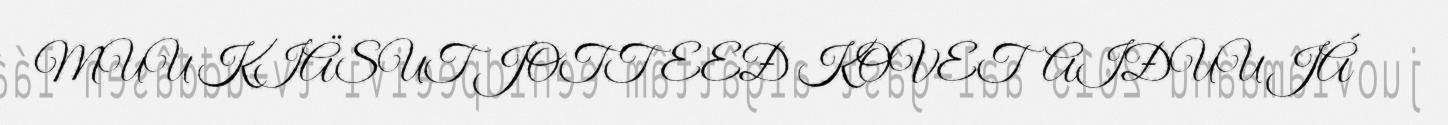
MUU KIÄSUT JOTTEEĐ KOVETAIĐUU JÁ